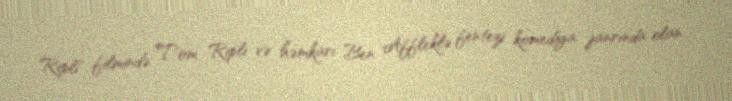
Ripli" filmində Tom Ripli və həmkarı Ben Affleklə fentezi komediya janrında olan